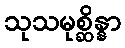
သုသမုစ္ဆိန္နာ